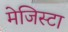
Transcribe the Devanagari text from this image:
मेजिस्टा